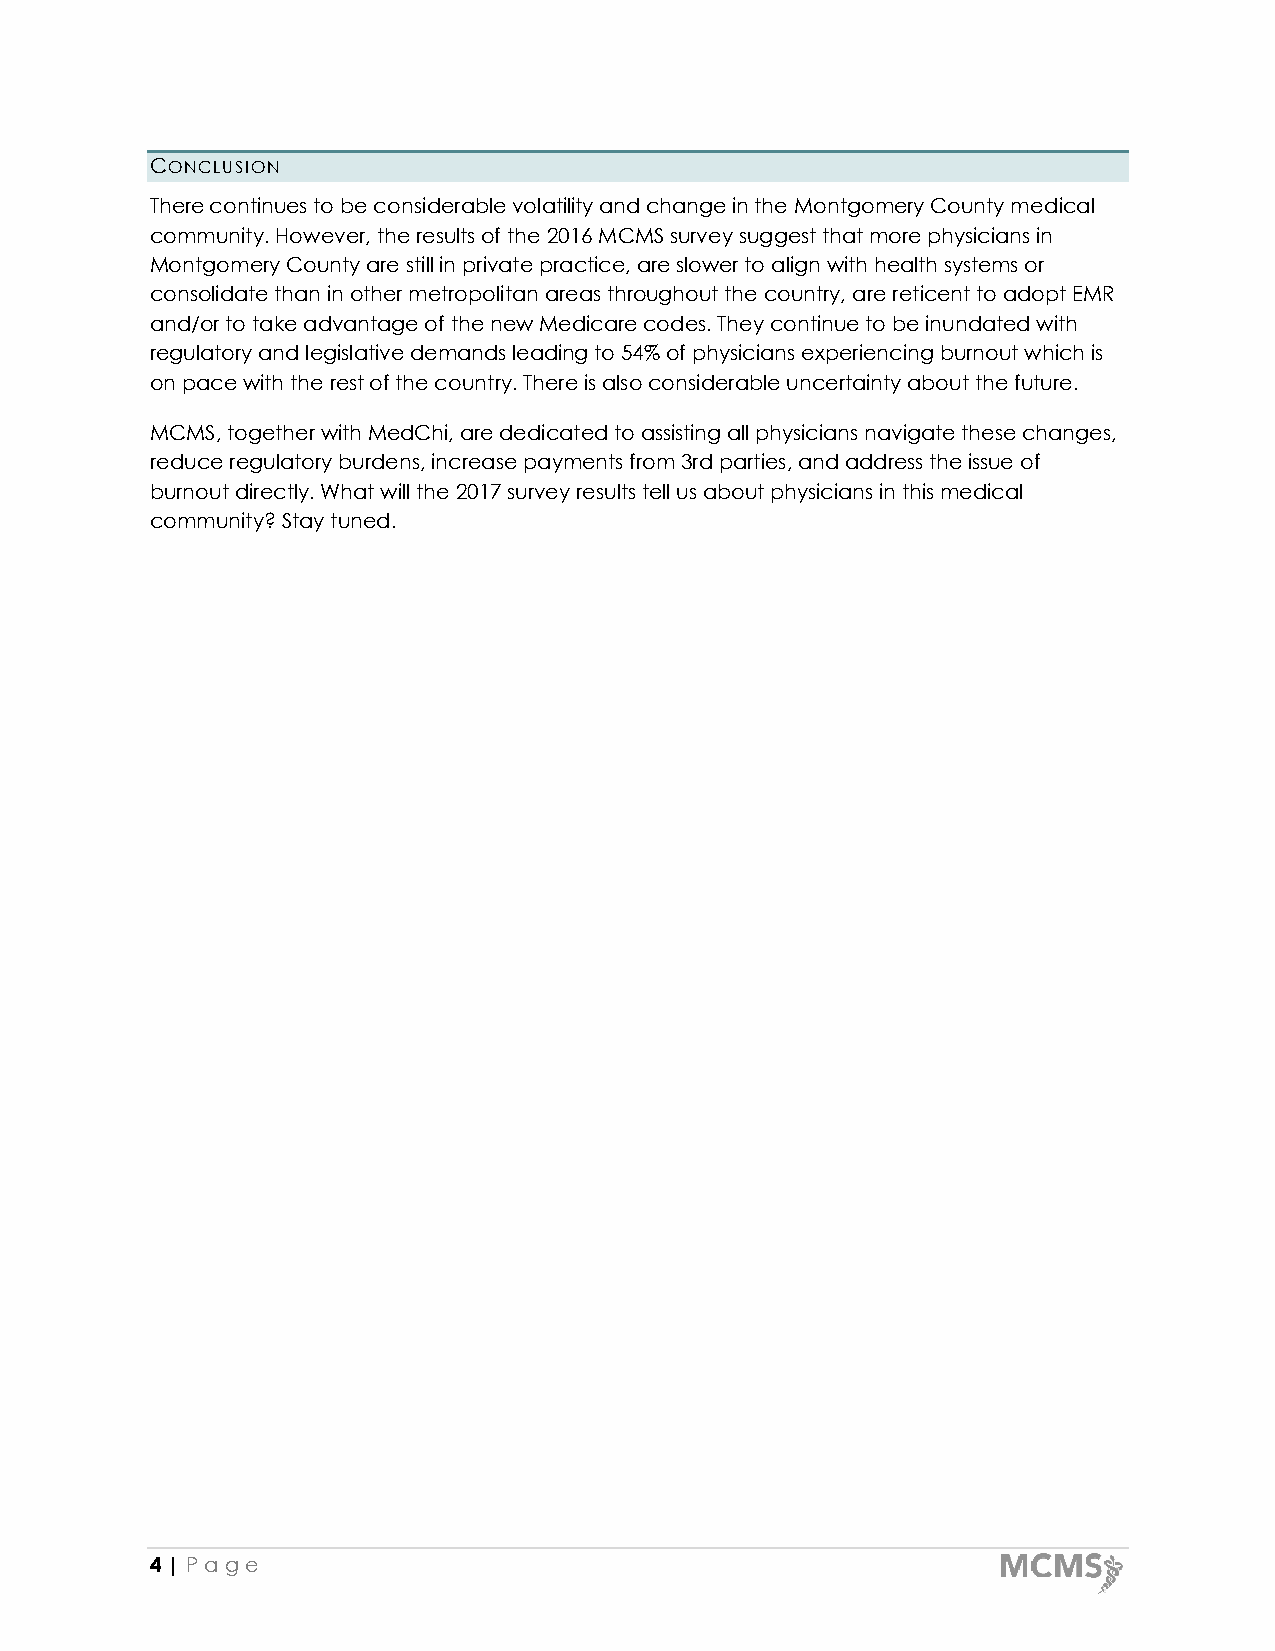
CONCLUSION
 There continues to be considerable volatility and change in the Montgomery County medical
 community. However, the results of the 2016 MCMS survey suggest that more physicians in
 Montgomery County are still in private practice, are slower to align with health systems or
 consolidate than in other metropolitan areas throughout the country, are reticent to adopt EMR
 and/or to take advantage of the new Medicare codes. They continue to be inundated with
 regulatory and legislative demands leading to 54% of physicians experiencing burnout which is
 on pace with the rest of the country. There is also considerable uncertainty about the future.
 MCMS, together with MedChi, are dedicated to assisting all physicians navigate these changes,
 reduce regulatory burdens, increase payments from 3rd parties, and address the issue of
 burnout directly. What will the 2017 survey results tell us about physicians in this medical
 community? Stay tuned.
 4 | Pa g e